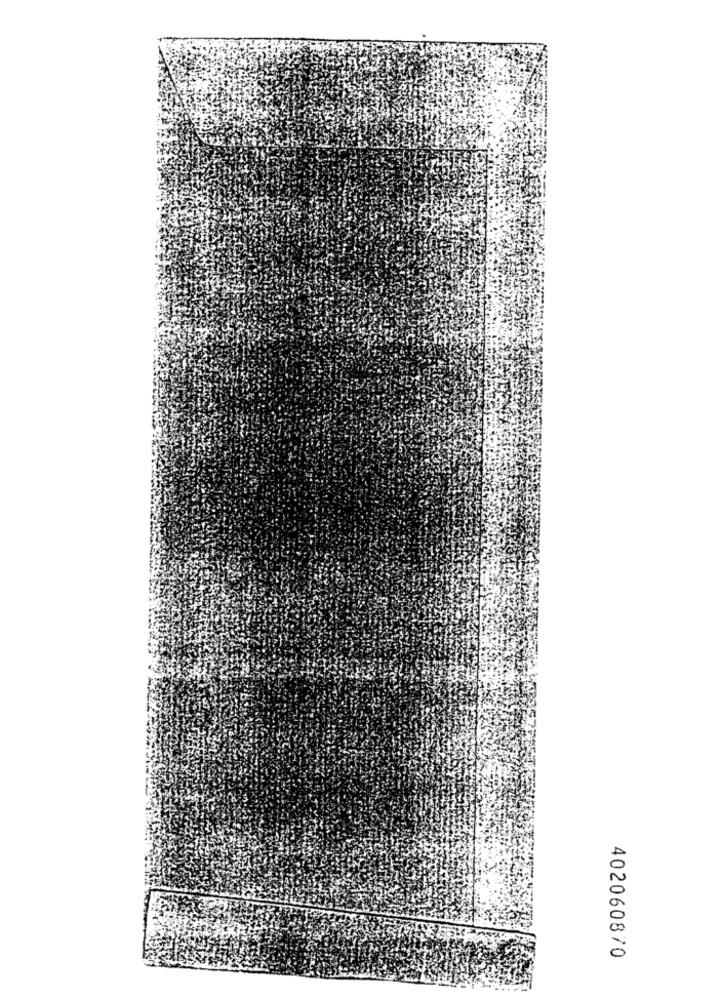
402060870